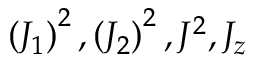
\left( J _ { 1 } \right) ^ { 2 } , \left( J _ { 2 } \right) ^ { 2 } , J ^ { 2 } , J _ { z }